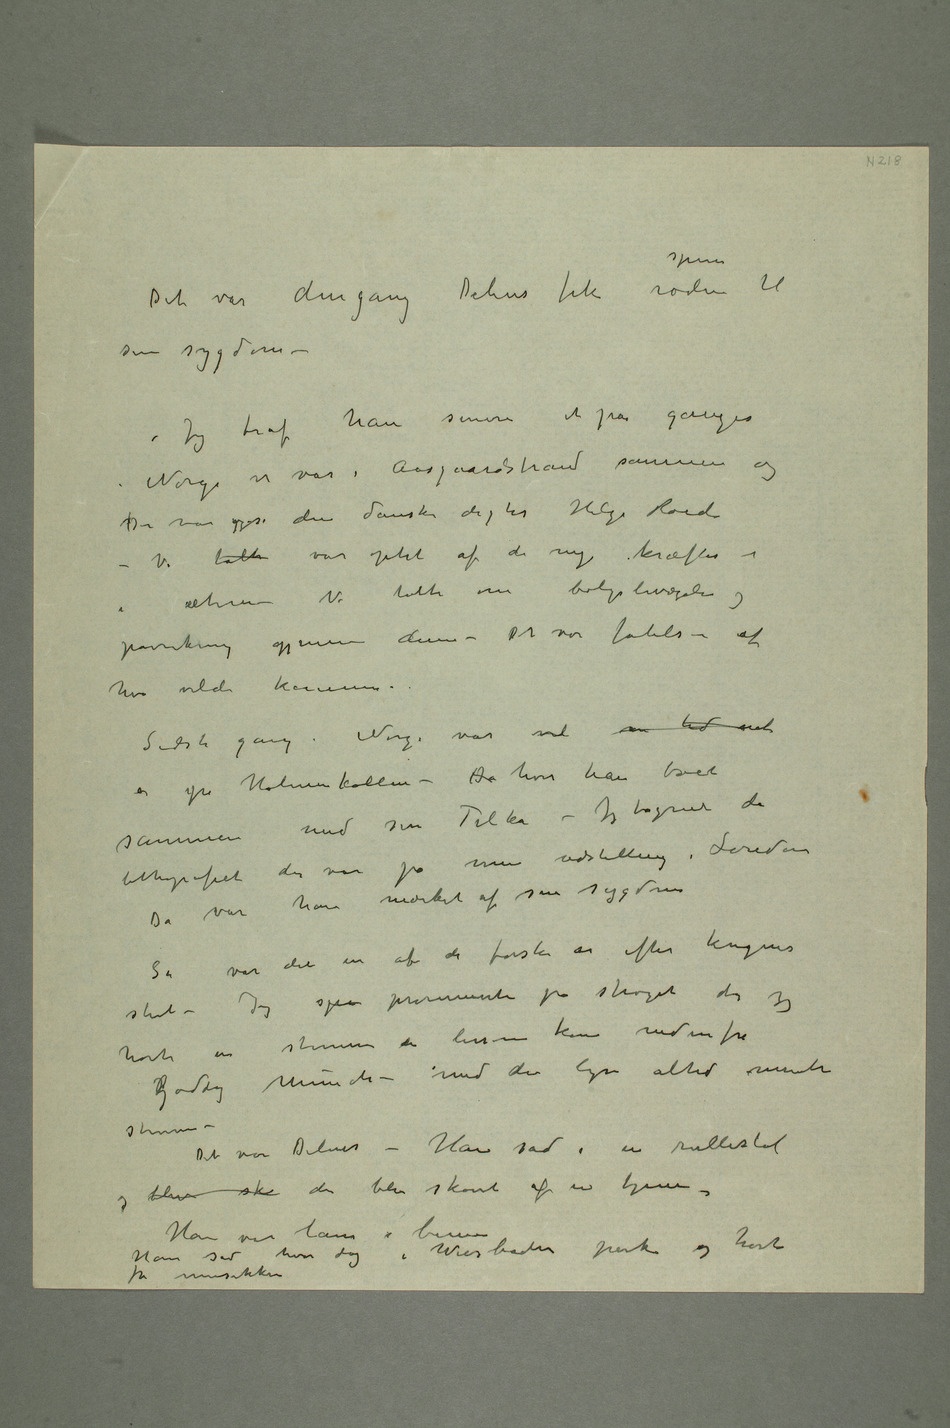
Det var dengang Delius fik roden spiren til
sin sygdom
– Jeg traf ham senere et par ganger i
i Aasgaardstrand sammen og
der var også den danske digter Helge Roede –
Vi talte var optat af de nye kræfter i
æteren – Vi talte om bølgebevægelse og
påvirkning gjennem dem – Det var følelsen af
hva vilde komme.
Holmenkollen – Da hvor han boet
med sin Telka – Jeg tægnet da
lithografiet der var på min
han mærket af sin sygdom
Så var
det en af de første år efter krigens
slut – Jeg promenerte på strøget da jeg hørte
stemme der lissom kom nedenfra
Goddag Munch – med den lyse altid muntre
stemme –
Det var Delius – Han sad i en rullestol og
blev sk der blev skøvet af en tjener.
Han var lam i benene
Han sad hver dag i Wiesbaden park og hørte
på musikken